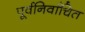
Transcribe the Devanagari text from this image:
पूर्वनिर्वाचित